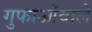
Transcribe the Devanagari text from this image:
गुफाओंवाले